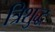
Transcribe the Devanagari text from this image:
त्रिशुद्ध